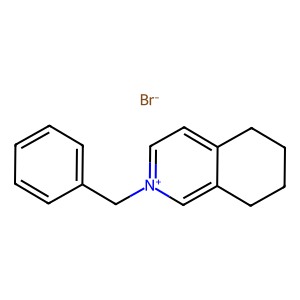
SMILES: [Br-].c1ccc(C[n+]2ccc3c(c2)CCCC3)cc1
Inhibits HIV replication: No